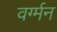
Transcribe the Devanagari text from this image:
वर्ग्मन